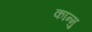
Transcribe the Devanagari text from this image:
कान्मु